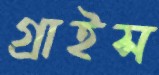
গ্রাইস